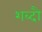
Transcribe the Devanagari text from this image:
शब्दौ